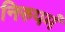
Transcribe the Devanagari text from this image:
निरुपमं